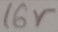
Text: 16V